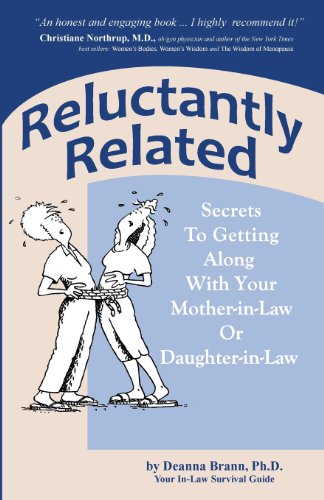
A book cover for Reluctantly Related: Secrets To Getting Along With Your Mother-in-Law or Daughter-in-law; Deanna Brann PhD; Humor & Entertainment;